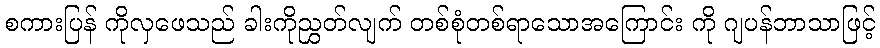
စကားပြန် ကိုလှဖေသည် ခါးကိုညွှတ်လျက် တစ်စုံတစ်ရာသောအကြောင်း ကို ဂျပန်ဘာသာဖြင့်